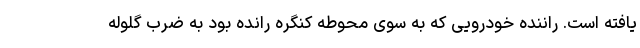
یافته است. راننده خودرویی که به سوی محوطه کنگره رانده بود به ضرب گلوله